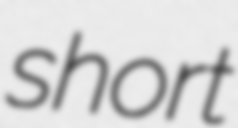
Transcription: short